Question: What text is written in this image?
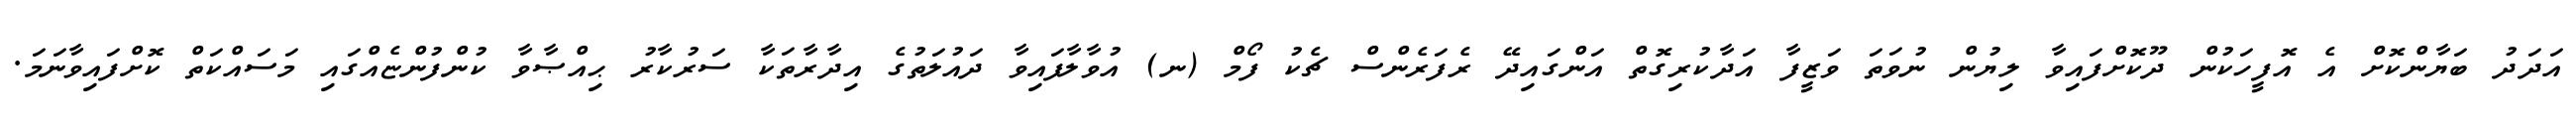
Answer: އަދަދު ބަޔާންކޮށް އެ އޮފީހަކުން ދޫކޮށްފައިވާ ލިޔުން ނުވަތަ ވަޒީފާ އަދާކުރިގޮތް އަންގައިދޭ ރެފަރެންސް ޗެކު ފޯމް (ނ) އުވާލާފައިވާ ދައުލަތުގެ އިދާރާތަކާ ސަރުކާރު ޙިއްޞާވާ ކުންފުންޏެއްގައި މަސައްކަތް ކޮށްފައިވާނަމަ.